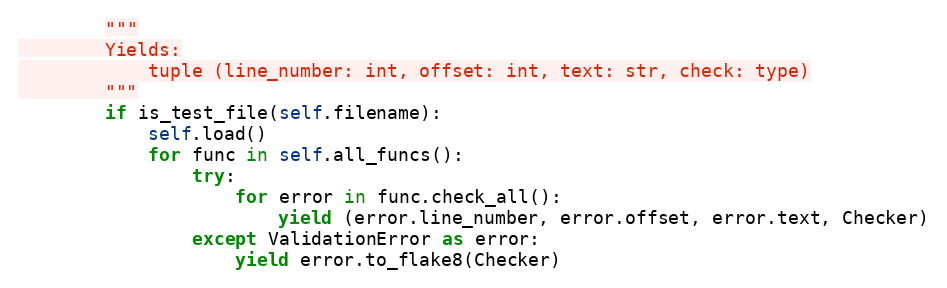
Language: Python
        """
        Yields:
            tuple (line_number: int, offset: int, text: str, check: type)
        """
        if is_test_file(self.filename):
            self.load()
            for func in self.all_funcs():
                try:
                    for error in func.check_all():
                        yield (error.line_number, error.offset, error.text, Checker)
                except ValidationError as error:
                    yield error.to_flake8(Checker)